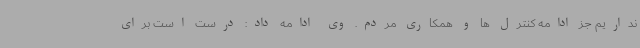
نداریم جز ادامه کنترل ها و همکاری مردم. وی ادامه داد: درست است برای